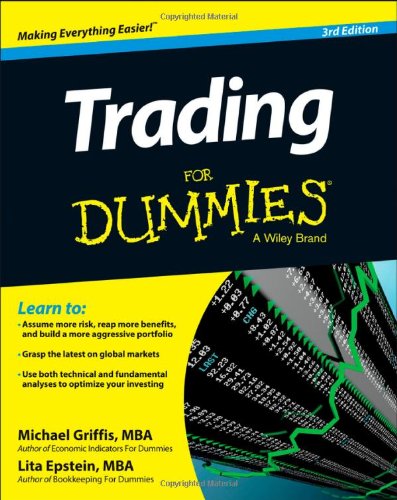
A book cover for Trading For Dummies; Michael Griffis; Business & Money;